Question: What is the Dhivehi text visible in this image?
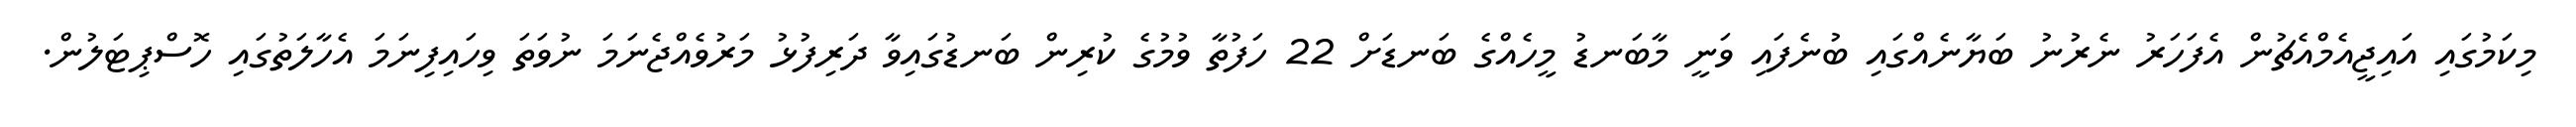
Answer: މިކަމުގައި އައިޖީއެމްއެޗުން އެފަހަރު ނެރުނު ބަޔާނެއްގައި ބުނެފައި ވަނީ މާބަނޑު މީހެއްގެ ބަނޑަށް 22 ހަފުތާ ވުމުގެ ކުރިން ބަނޑުގައިވާ ދަރިފުޅު މަރުވެއްޖެނަމަ ނުވަތަ ވިހައިފިނަމަ އެހާލަތުގައި ހޮސްޕިޓަލުން.